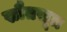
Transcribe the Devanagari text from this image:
स्रौतसूत्र